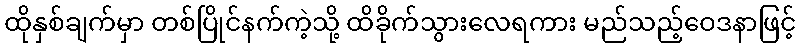
ထိုနှစ်ချက်မှာ တစ်ပြိုင်နက်ကဲ့သို့ ထိခိုက်သွားလေရကား မည်သည့်ဝေဒနာဖြင့်